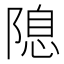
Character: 𨻁